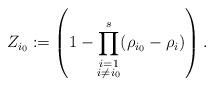
LaTeX: \begin{align*}Z_{i_0}:=\left(1- \prod_{\substack{i=1 \\ i\neq i_0}}^{s} (\rho_{i_0}-\rho_i) \right).\end{align*}